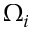
\Omega _ { i }